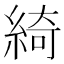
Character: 綺